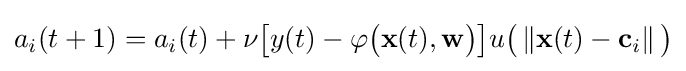
a_{i}(t+1)=a_{i}(t)+\nu {\big [}y(t)-\varphi {\big (}\mathbf {x} (t),\mathbf {w} {\big )}{\big ]}u{\big (}\left\Vert \mathbf {x} (t)-\mathbf {c} _{i}\right\Vert {\big )}